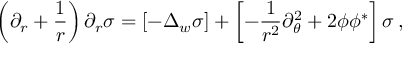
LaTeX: \left( \partial _ { r } + \frac 1 r \right) \partial _ { r } \sigma = \left[ - \Delta _ { w } \sigma \right] + \left[ - \frac 1 { r ^ { 2 } } \partial _ { \theta } ^ { 2 } + 2 \phi \phi ^ { * } \right] \sigma \, ,